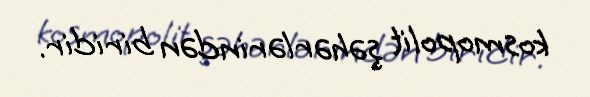
kosmopolit şəhərlərindən biridir.